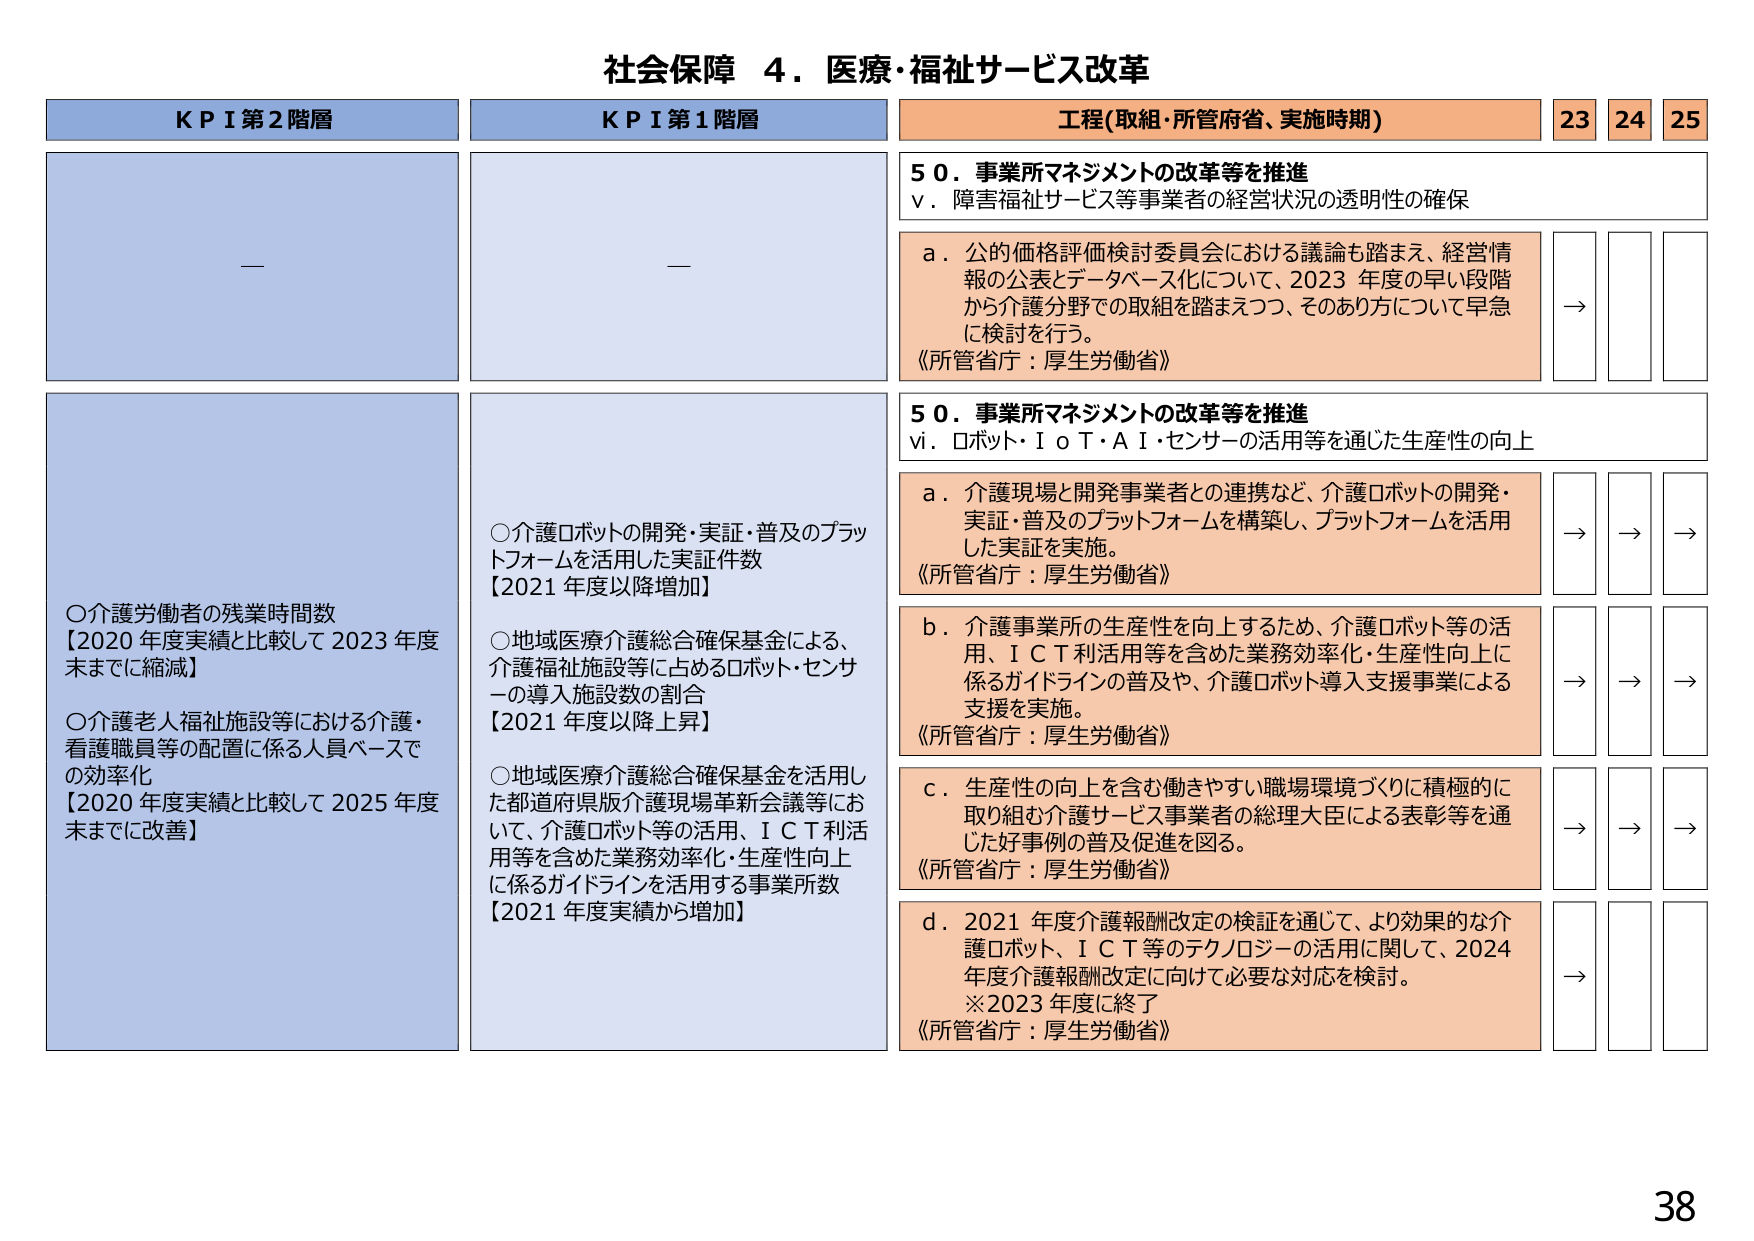
社会保障 ４．医療・福祉サービス改革

KPI第2階層
—

○介護労働者の残業時間数
【2020年度実績と比較して2023年度末までに縮減】

○介護老人福祉施設等における介護・看護職員等の配置に係る人員ベースでの効率化
【2020年度実績と比較して2025年度末までに改善】

KPI第1階層
—

○介護ロボットの開発・実証・普及のプラットフォームを活用した実証件数
【2021年度以降増加】

○地域医療介護総合確保基金による、介護福祉施設等に占めるロボット・センサーの導入施設数の割合
【2021年度以降上昇】

○地域医療介護総合確保基金を活用した都道府県版介護現場革新会議等において、介護ロボット等の活用、ＩＣＴ利活用等を含めた業務効率化・生産性向上に係るガイドラインを活用する事業所数
【2021年度実績から増加】

工程(取組・所管府省、実施時期)
23 24 25

50．事業所マネジメントの改革等を推進
ⅴ．障害福祉サービス等事業者の経営状況の透明性の確保

ａ．公的価格評価検討委員会における議論も踏まえ、経営情報の公表とデータベース化について、2023年度の早い段階から介護分野での取組を踏まえつつ、そのあり方について早急に検討を行う。
《所管省庁：厚生労働省》

→ → →

50．事業所マネジメントの改革等を推進
ⅵ．ロボット・ＩｏＴ・ＡＩ・センサーの活用等を通じた生産性の向上

ａ．介護現場と開発事業者との連携など、介護ロボットの開発・実証・普及のプラットフォームを構築し、プラットフォームを活用した実証を実施。
《所管省庁：厚生労働省》

→ → →

ｂ．介護事業所の生産性を向上するため、介護ロボット等の活用、ＩＣＴ利活用等を含めた業務効率化・生産性向上に係るガイドラインの普及や、介護ロボット導入支援事業による支援を実施。
《所管省庁：厚生労働省》

→ → →

ｃ．生産性の向上を含む働きやすい職場環境づくりに積極的に取り組む介護サービス事業者の総理大臣による表彰等を通じた好事例の普及促進を図る。
《所管省庁：厚生労働省》

→ → →

ｄ．2021年度介護報酬改定の検証を通じて、より効果的な介護ロボット、ＩＣＴ等のテクノロジーの活用に関して、2024年度介護報酬改定に向けて必要な対応を検討。
※2023年度に終了
《所管省庁：厚生労働省》

→ → →

38